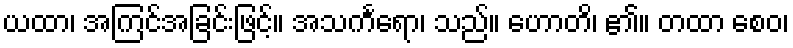
ယထာ၊ အကြင်အခြင်းဖြင့်။ အသင်္ကရော၊ သည်။ ဟောတိ၊ ၏။ တထာ စေဝ၊